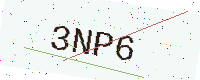
Text: 3NP6